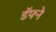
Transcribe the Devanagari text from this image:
डॅफ्ने